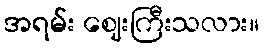
အရမ်း ဈေးကြီးသလား။